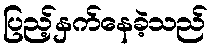
ပြည့်နှက်နေခဲ့သည်